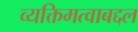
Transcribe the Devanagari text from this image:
व्यक्तिमत्वाबद्दल